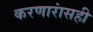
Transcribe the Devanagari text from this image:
करणारांसही